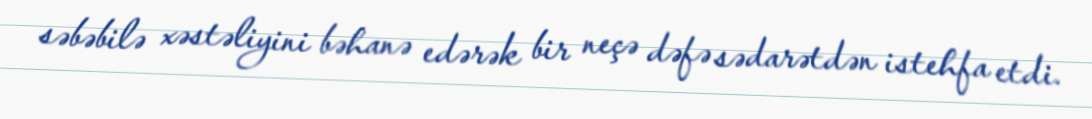
səbəbilə xəstəliyini bəhanə edərək bir neçə dəfə sədarətdən istehfa etdi.